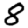
Digit: 8